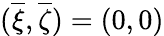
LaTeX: ({\overline{{\xi}}},{\overline{{\zeta}}})=(0,0)